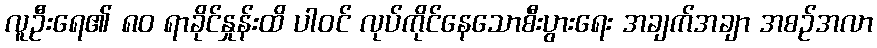
လူဦးရေ၏ ၈၀ ရာခိုင်နှုန်းထိ ပါဝင် လုပ်ကိုင်နေသောစီးပွားရေး အချက်အချာ အစဉ်အလာ